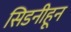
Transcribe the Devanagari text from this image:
सिडनीहून